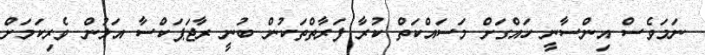
ނަމަވެސް އިންސާނީ ހައްގަށް މަސައްކަތް ކުރާ ފަރާތްތަކުން ބުނީ ރާޖަޕަކްސާ އަލުން ވެރިކަމަށް